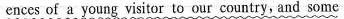
ences of a young visitor to our country, and some